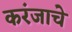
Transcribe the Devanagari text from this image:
करंजाचे